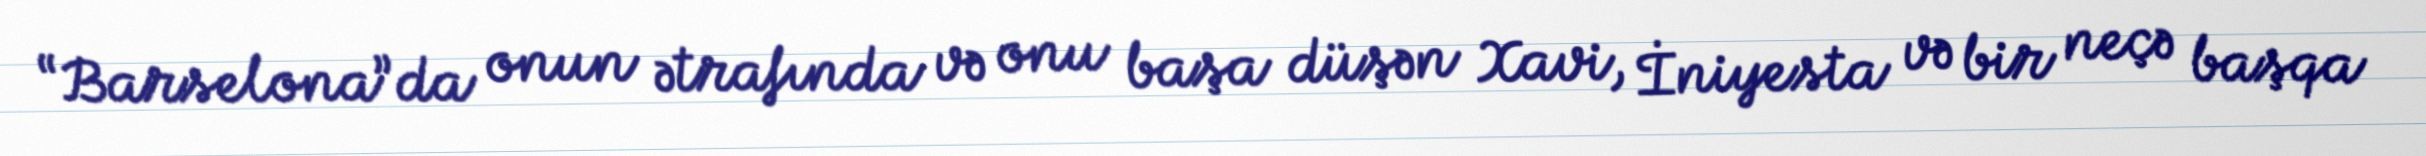
“Barselona”da onun ətrafında və onu başa düşən Xavi, İniyesta və bir neçə başqa